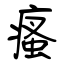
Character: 瘙